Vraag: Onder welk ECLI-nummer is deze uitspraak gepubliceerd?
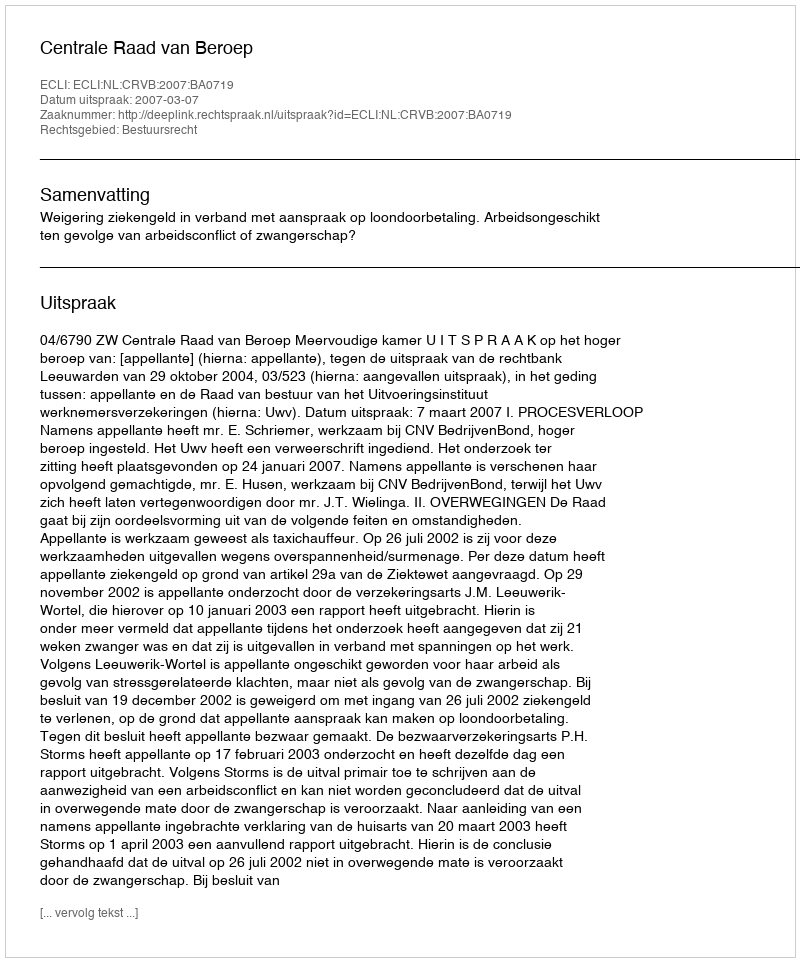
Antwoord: ECLI:NL:CRVB:2007:BA0719